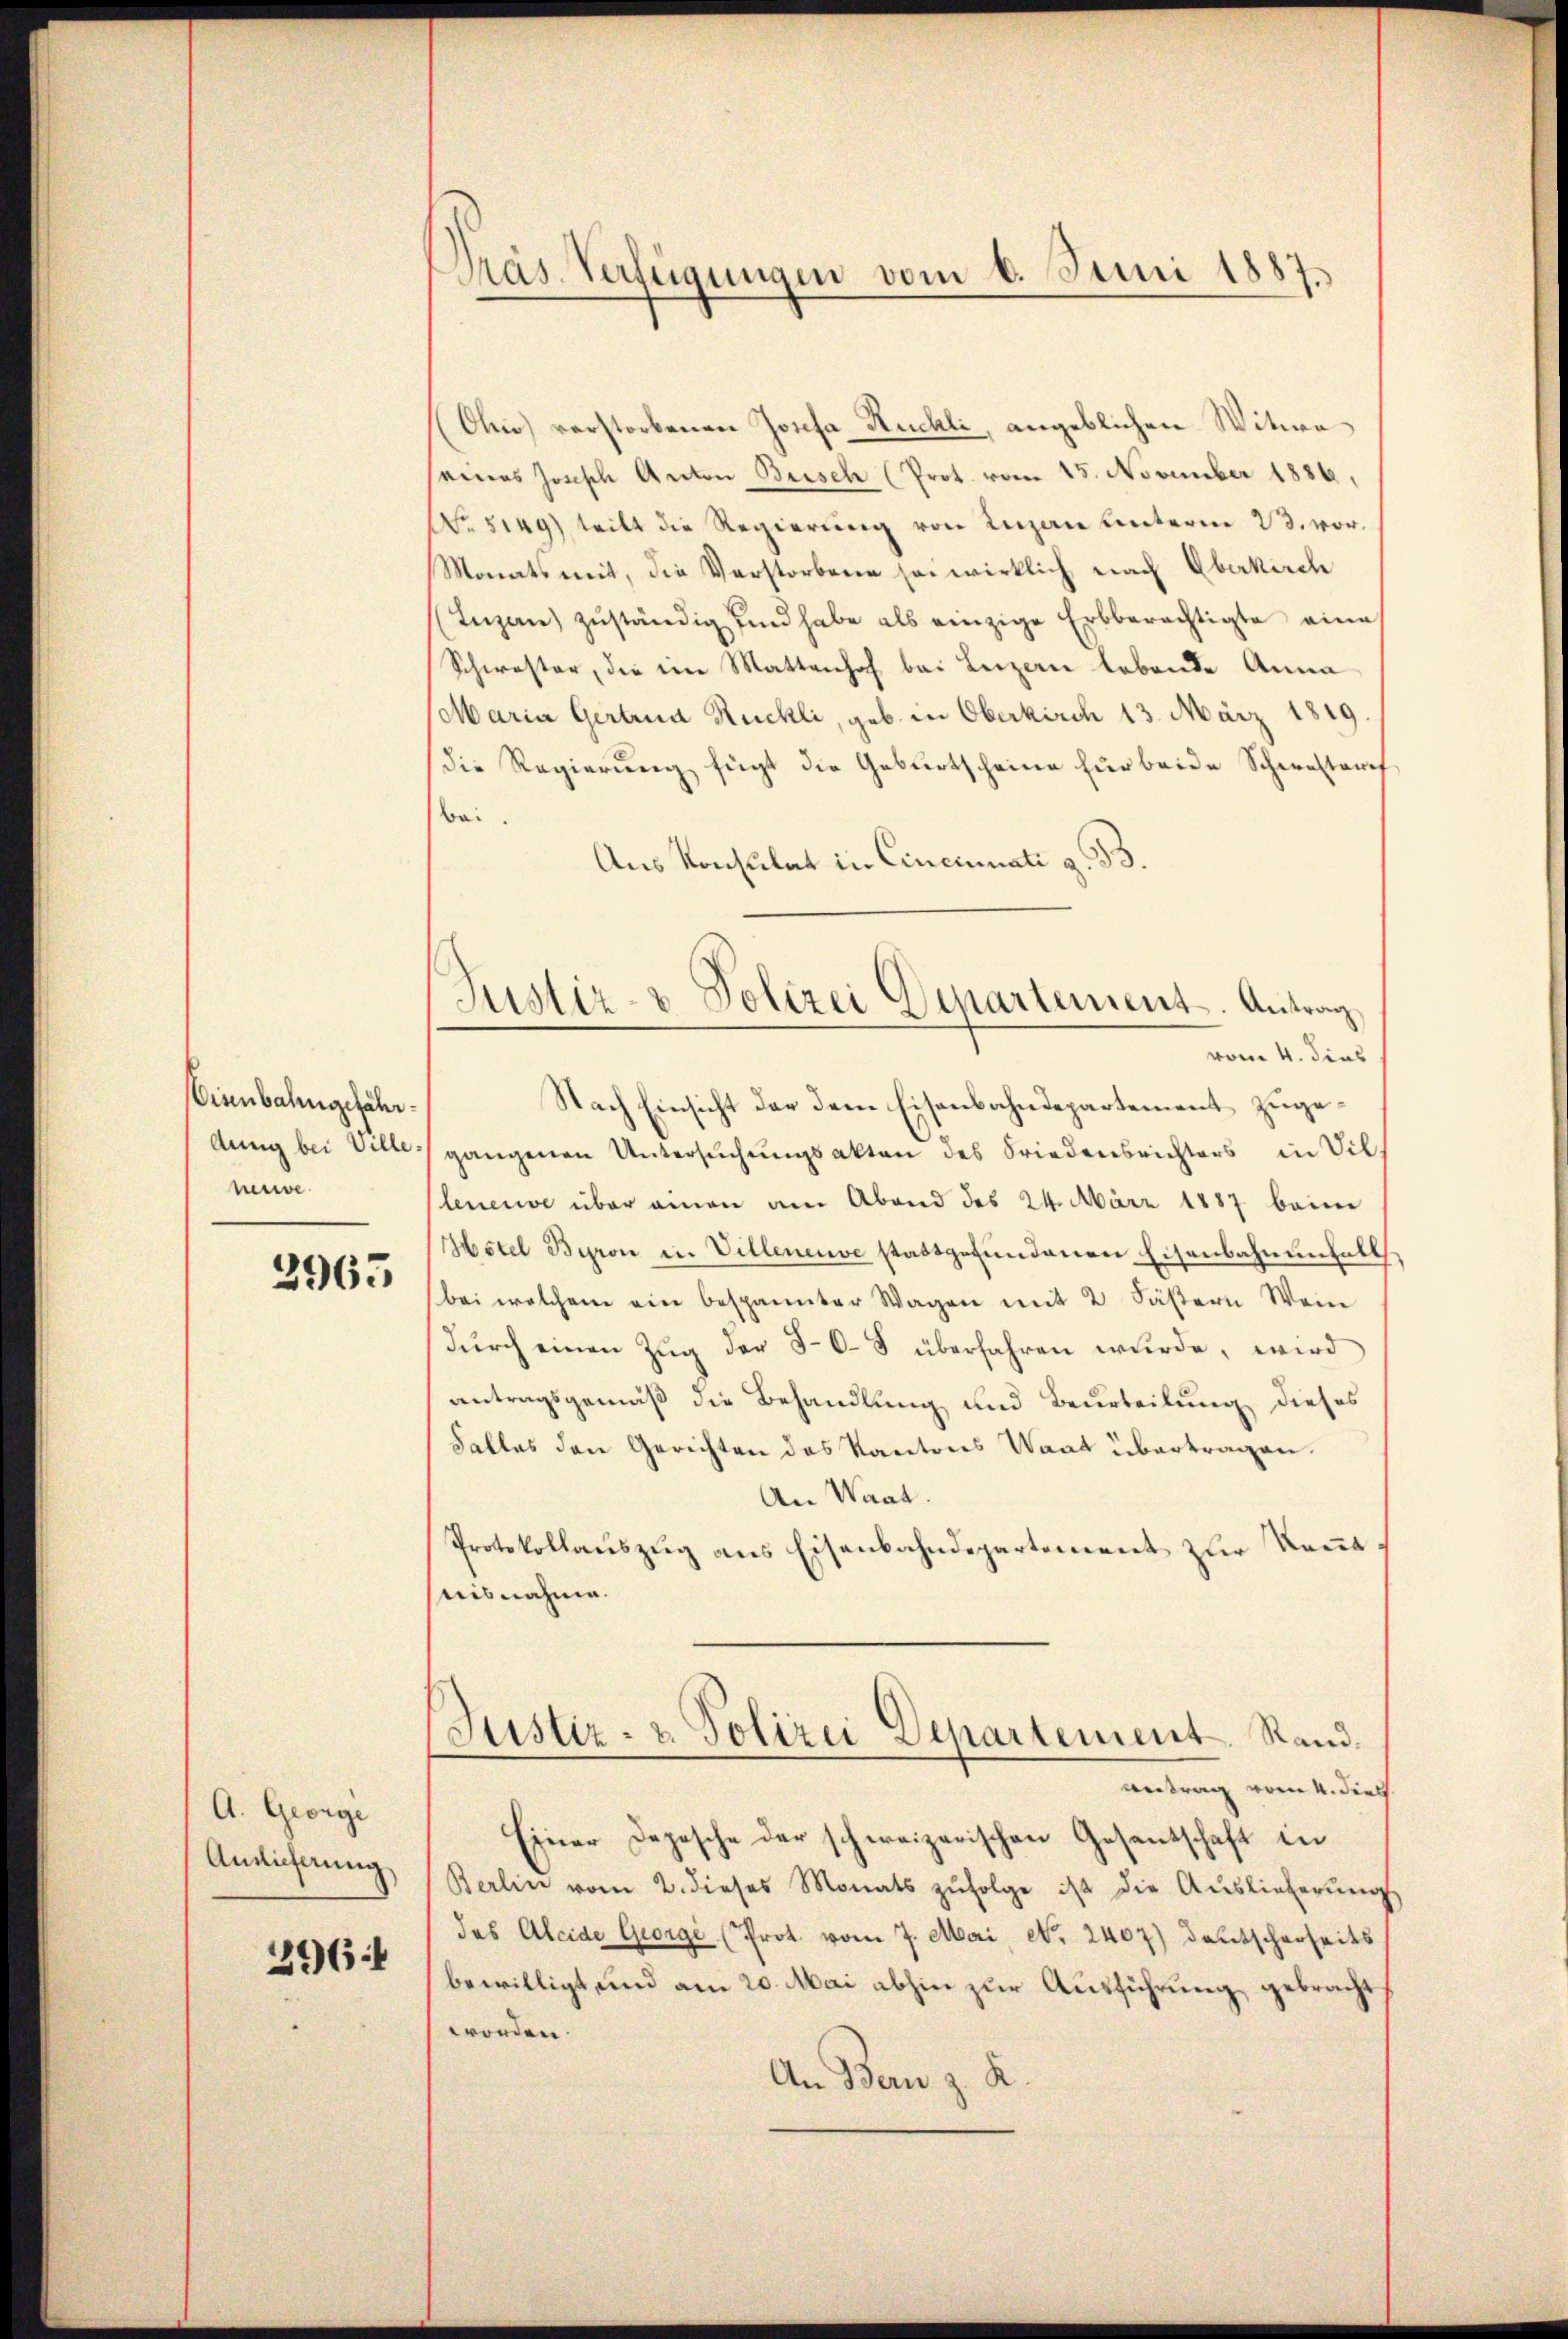
Bienbahngefährdung bei Ville.
neuve

2965

A. George
Anslieferung
296:

Präs. Verfügungen vom 6. Juni 1887.

(Chi) verstorbenen Josefa Ruchli, angeblichen Witwe
eines Josisch Anton Beisch (Prot. vom 15. November 1886,
No. 5149) teilt die Regierŭng von Luzan unterm 23. vor.
Monats mit, die Verstorbene so wirklich nach Oberkirch
(Inzen zŭständig sind habe als einzige Erbberechtigte eine
Schwester, die in Mattenhof bei Luzern lebende Anna
Maria Gertrua Ruchli, geb. in Oberkirch 13. März 1819.
die Regierung fügt die Geburtscheine für beide Schwesterit
bei.
Aus Konsulat in Cincinati z. B.
vom 4. dies
gangenen Untersŭchŭngsakten des Friedensrichters in Vil.
leneuve über einen am Abend des 24. März 1887 beim
Hotel Baron in Villeneuve stattgefundenen Eisenbahnenfalls
bei welchem ein bespannter Wagen mit 2 Fästern Wein
dŭrch einen Zŭg der 5-6-8 überfahren wurde, wird
antragsgemäß die Behandlung und Beurteilung dieses
Falles den Gerichten des Kantons Waat übertragen.
An Waad
Protokollauszug aus Eisenbahndepartement zur Kennt
snisnahme.
Justiz- & Polizei Departement. Stand.
antrag vom 4. dies
Einer Depesche der schweizerischen Gesandschaft in
Berline vom 2. dieses Monats zŭfolge ist die Aŭslieferŭng
das Aleide George (Prot. vom 7. Mai No 2407) deutscherheits
bewilligt, und am 20. Mai abhin zur Ausführung gebracht,
worden.
An Bern z. K.

Justiz- & Polizei Departement. Antrag
Nach Einsicht der dem Eisenbahndepartement zuge¬